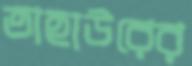
তাহাউরের